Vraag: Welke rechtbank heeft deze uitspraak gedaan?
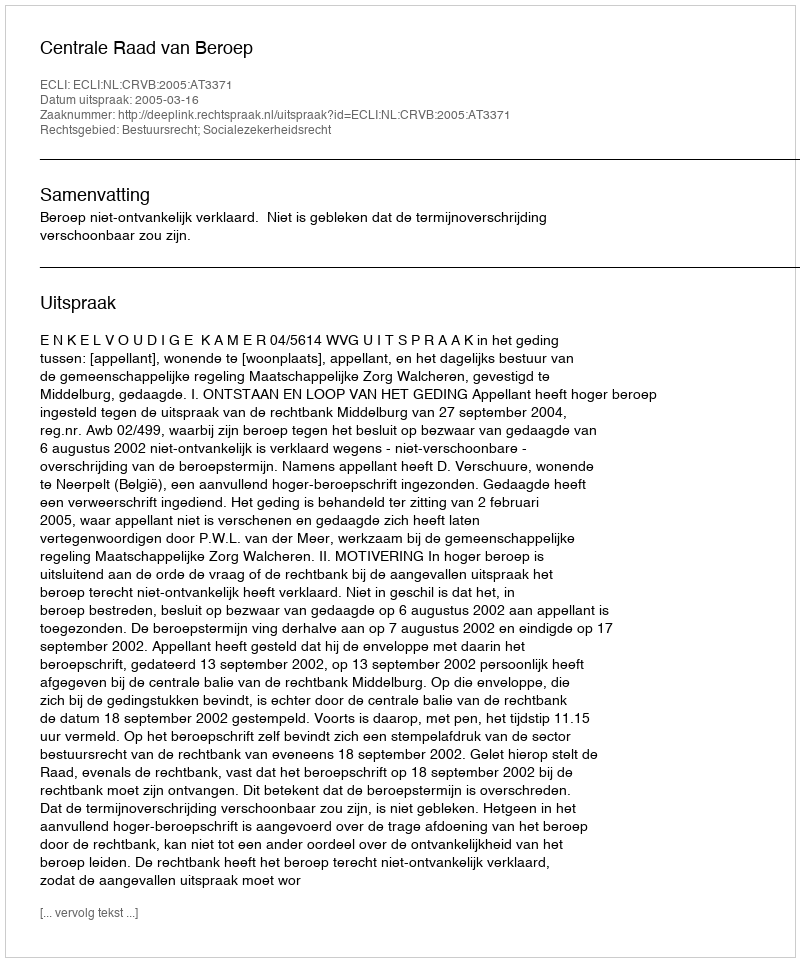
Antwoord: Centrale Raad van Beroep